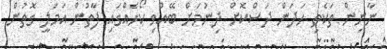
ނާށިން ތަކެތި ހަދަން ދަސްކޮށް ދިނުމަށް ބޭއްވި ކޯހެއްގައި ފާތުން އަމަލީ ގޮތުން